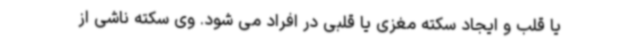
یا قلب و ایجاد سکته مغزی یا قلبی در افراد می شود. وی سکته ناشی از